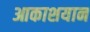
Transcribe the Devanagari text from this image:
आकाशयान